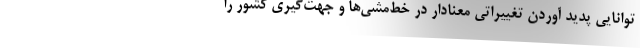
توانایی پدید آوردن تغییراتی معنادار در خط‌مشی‌ها و جهت‌گیری کشور را